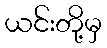
ယင်းတို့မှ